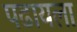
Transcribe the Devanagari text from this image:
पढायला